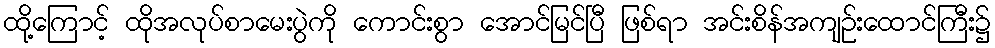
ထို့ကြောင့် ထိုအလုပ်စာမေးပွဲကို ကောင်းစွာ အောင်မြင်ပြီ ဖြစ်ရာ အင်းစိန်အကျဉ်းထောင်ကြီး၌